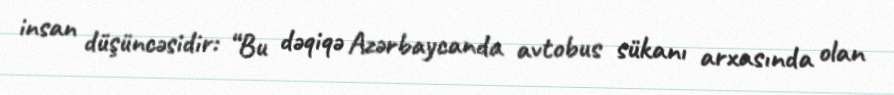
insan düşüncəsidir: “Bu dəqiqə Azərbaycanda avtobus sükanı arxasında olan